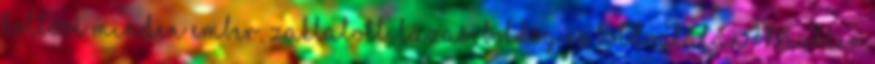
költővé minden ember, zaklatott, lázas, boldog és boldogtalan? Müller